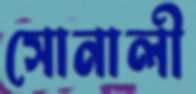
সোনালী